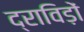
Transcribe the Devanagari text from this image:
द्राविड़ों